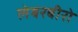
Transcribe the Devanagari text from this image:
लेबरबीरो